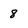
Character: 8